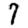
Digit: 7